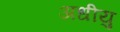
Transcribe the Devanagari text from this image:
अधीयु